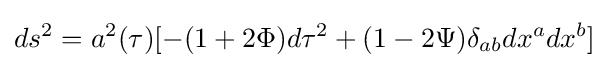
ds^{2}=a^{2}(\tau )[-(1+2\Phi )d\tau ^{2}+(1-2\Psi )\delta _{ab}dx^{a}dx^{b}]